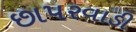
છાપરવાડી